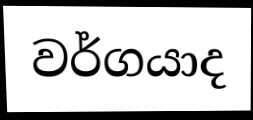
වර්ගයාද